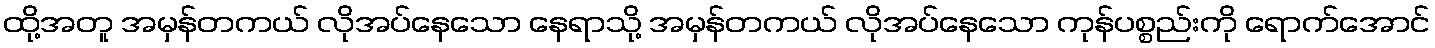
ထို့အတူ အမှန်တကယ် လိုအပ်နေသော နေရာသို့ အမှန်တကယ် လိုအပ်နေသော ကုန်ပစ္စည်းကို ရောက်အောင်